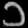
Digit: ၁